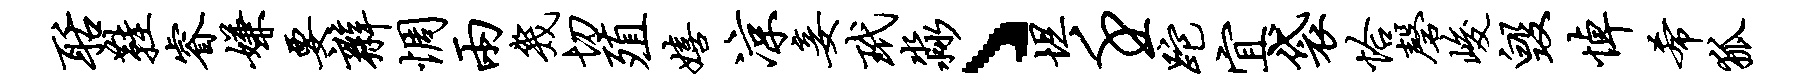
聒鞋睿嫌要辫惆两几切殖嬉凉妾玳淼丶坦壬跎宜袋恰磬峻毁悼希狐